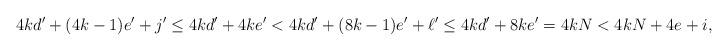
LaTeX: \begin{align*}4kd'+(4k-1)e'+j' \leq 4kd' + 4ke' < 4kd' + (8k-1)e' + \ell' \leq 4kd' + 8ke' = 4kN < 4kN+4e+i,\end{align*}